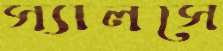
স্যালসে